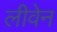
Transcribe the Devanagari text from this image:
लीवेन